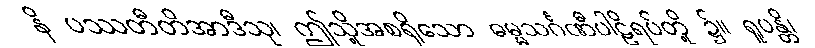
နိ ပဿတီတိအာဒီသု၊ ဤသို့အစရှိသော ဓမ္မသင်္ဂဏီပါဠိရပ်တို့ ၌။ ရူပန္တိ၊